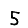
Digit: 5